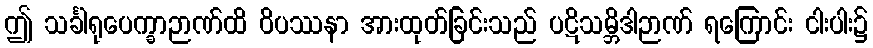
ဤ သင်္ခါရုပေက္ခာဉာဏ်ထိ ဝိပဿနာ အားထုတ်ခြင်းသည် ပဋိသမ္ဘိဒါဉာဏ် ရကြောင်း ငါးပါး၌